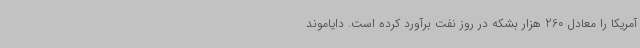
آمریکا را معادل 260 هزار بشکه در روز نفت برآورد کرده است. دایاموند